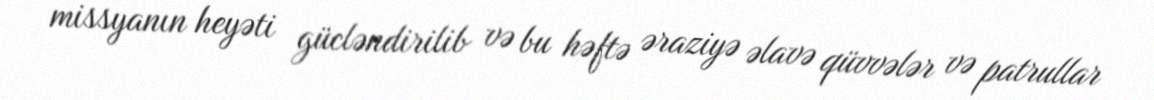
missyanın heyəti gücləndirilib və bu həftə əraziyə əlavə qüvvələr və patrullar